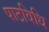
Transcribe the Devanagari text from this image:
पाठविधि